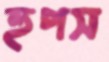
হুপস